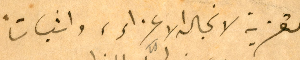
التعزية لانجاله الاعزاء، واثباتاً